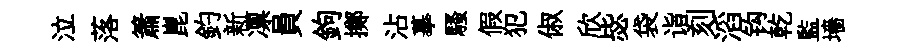
泣落簫崑釣新凛員鉤擲沾摹騷假犯俶欣毖袋诣刻滔钩乾監墻